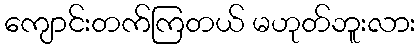
ကျောင်းတက်ကြတယ် မဟုတ်ဘူးလား